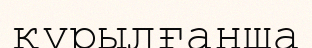
құрылғанша